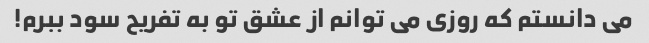
می دانستم که روزی می توانم از عشق تو به تفریح ​​سود ببرم!